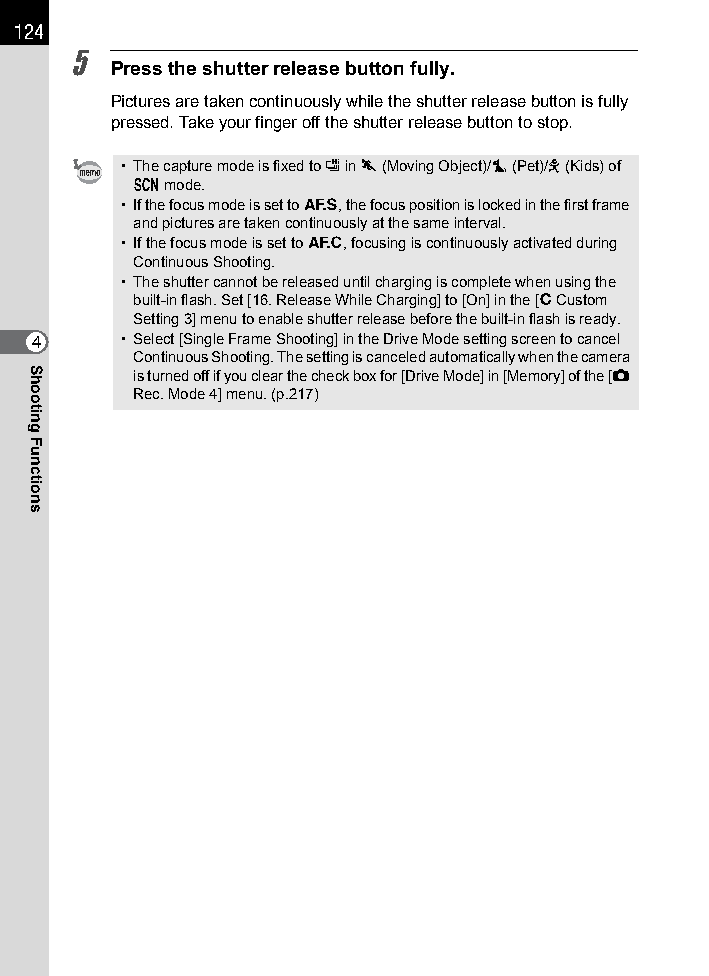
124
 5
 Press the shutter release button fully.
 Pictures are taken continuously while the shutter release button is fully
 pressed. Take your finger off the shutter release button to stop.
 • The capture mode is fixed to g in \ (Moving Object)/Z (Pet)/R (Kids) of
 H mode.
 • If the focus mode is set to l, the focus position is locked in the first frame
 and pictures are taken continuously at the same interval.
 • If the focus mode is set to k, focusing is continuously activated during
 Continuous Shooting.
 • The shutter cannot be released until charging is complete when using the
 built-in flash. Set [16. Release While Charging] to [On] in the [A Custom
 Setting 3] menu to enable shutter release before the built-in flash is ready.
 4     • Select [Single Frame Shooting] in the Drive Mode setting screen to cancel
 Continuous Shooting. The setting is canceled automatically when the camera
 is turned off if you clear the check box for [Drive Mode] in [Memory] of the [A
 Rec. Mode 4] menu. (p.217)
 Shooting
 Functions